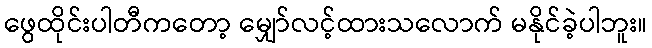
ဖွေထိုင်းပါတီကတော့ မျှော်လင့်ထားသလောက် မနိုင်ခဲ့ပါဘူး။